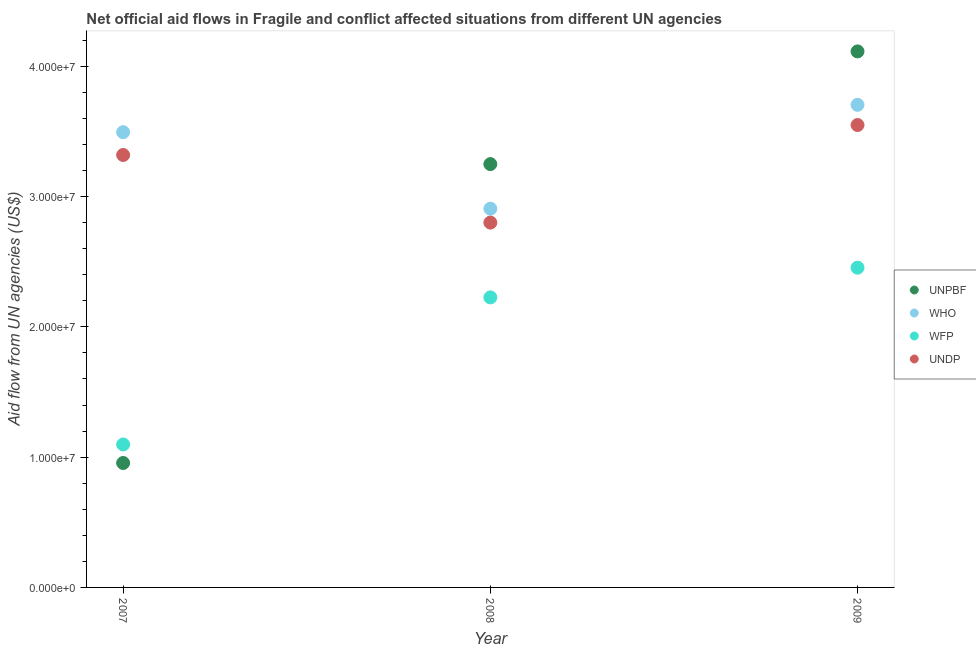
| Year | UNPBF | WHO | WFP | UNDP |
 | --- | --- | --- | --- | --- |
 | 2007 | 9.55e+06 | 3.49e+07 | 1.1e+07 | 3.32e+07 |
 | 2008 | 3.25e+07 | 2.91e+07 | 2.23e+07 | 2.8e+07 |
 | 2009 | 4.11e+07 | 3.7e+07 | 2.45e+07 | 3.55e+07 |